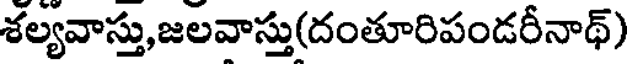
శల్యవాస్తు,జలవాస్తు(దంతూరిపండరీనాథ్)